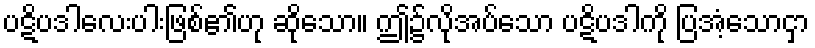
ပဋိပဒါလေးပါးဖြစ်၏ဟု ဆိုသော။ ဤ၌လိုအပ်သော ပဋိပဒါကို ပြအံ့သောငှာ